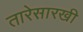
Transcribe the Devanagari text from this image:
तारेसारखी